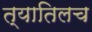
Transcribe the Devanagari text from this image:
त्यातिलच